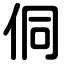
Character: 侗